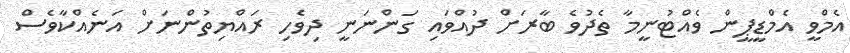
އެމްވީ އެމްޑީޕީން ވެއްޓުނީމާ ތެދުވެ ބާރަށް ދުއްވައި ގަންނަނީ ދިވެހި ރައްޔިތުންނަށް އަނެއްކާވެސް